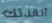
أنقذتك